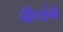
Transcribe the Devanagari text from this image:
वीथ्यंगे